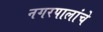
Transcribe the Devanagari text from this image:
नगरपालांचे